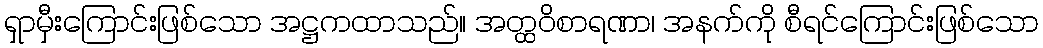
ရှာမှီးကြောင်းဖြစ်သော အဋ္ဌကထာသည်။ အတ္ထဝိစာရဏာ၊ အနက်ကို စီရင်ကြောင်းဖြစ်သော